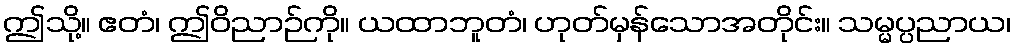
ဤသို့။ ဧတံ၊ ဤဝိညာဉ်ကို။ ယထာဘူတံ၊ ဟုတ်မှန်သောအတိုင်း။ သမ္မပ္ပညာယ၊